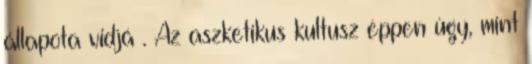
állapota vidjá . Az aszketikus kultusz éppen úgy, mint